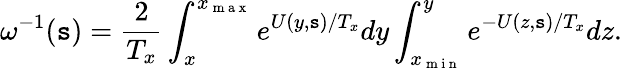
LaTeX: \omega^{-1}(\mathtt{s})=\frac{{2}}{{T_{x}}}\int_{x}^{x_{\mathrm{{~m~a~x~}}}}e^{U(y,\mathtt{s})/T_{x}}dy\int_{x_{\mathrm{{~m~i~n~}}}}^{y}e^{-U(z,\mathtt{s})/T_{x}}dz.